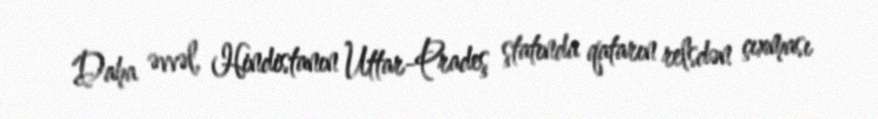
Daha əvvəl, Hindistanın Uttar-Pradeş ştatında qatarın relsdən çıxması